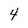
Character: 4